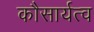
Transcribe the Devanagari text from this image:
कौसार्यत्व